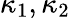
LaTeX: \kappa_{1},\kappa_{2}